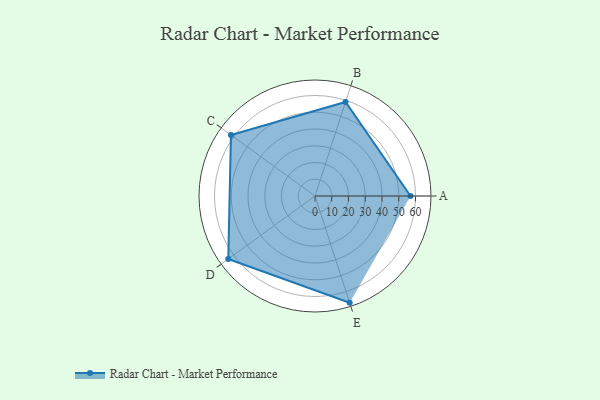
{"axis": {"x": "Skill", "y": "Score"}, "legend": ["Profile"], "data": [{"x": "A", "y": 57.0, "type": "Profile"}, {"x": "B", "y": 59.0, "type": "Profile"}, {"x": "C", "y": 62.0, "type": "Profile"}, {"x": "D", "y": 64.0, "type": "Profile"}, {"x": "E", "y": 67.0, "type": "Profile"}]}